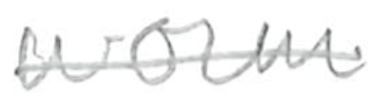
Text: worm
Cross-out: single-line
Writing tool: pencil